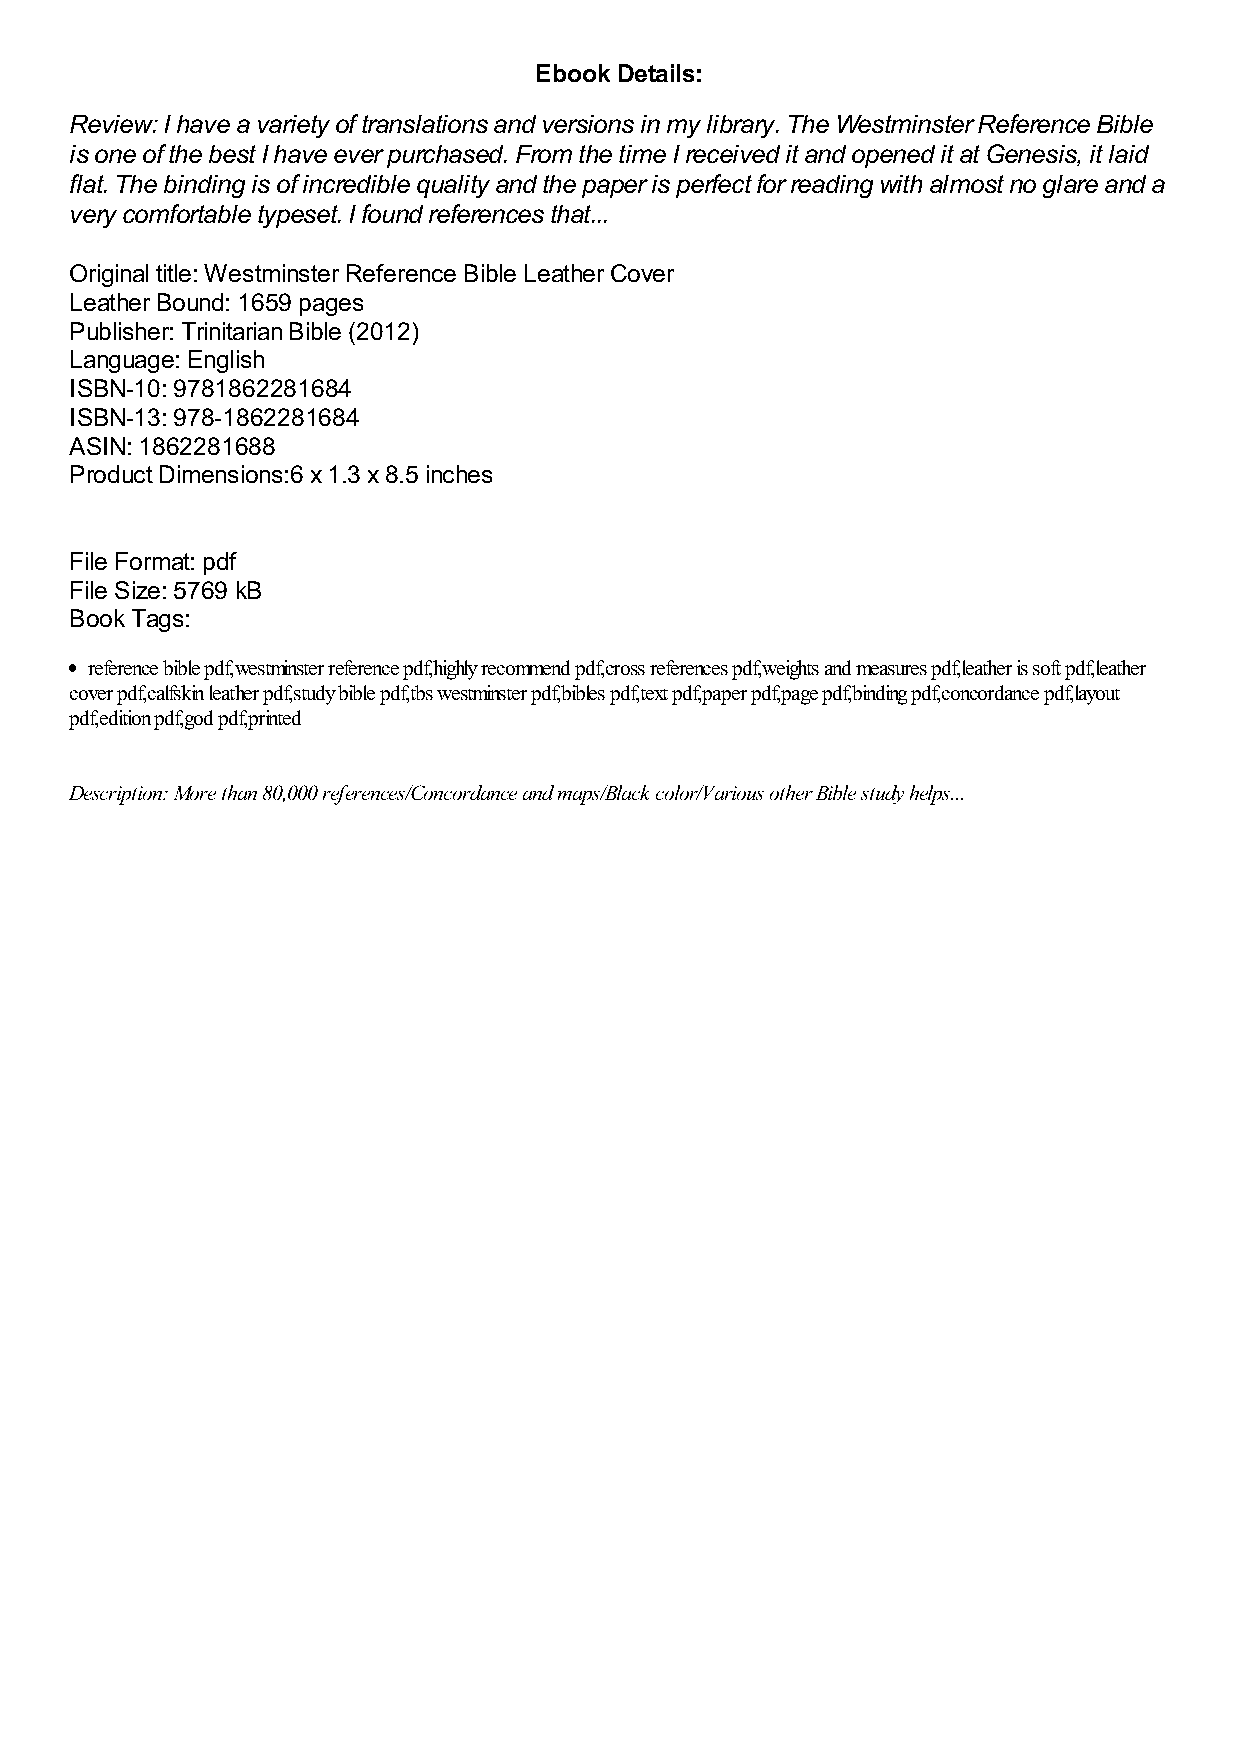
Ebook Details:
 Review: I have a variety of translations and versions in my library. The Westminster Reference Bible
 is one of the best I have ever purchased. From the time I received it and opened it at Genesis, it laid
 flat. The binding is of incredible quality and the paper is perfect for reading with almost no glare and a
 very comfortable typeset. I found references that...
 Original title: Westminster Reference Bible Leather Cover
 Leather Bound: 1659 pages
 Publisher: Trinitarian Bible (2012)
 Language: English
 ISBN-10: 9781862281684
 ISBN-13: 978-1862281684
 ASIN: 1862281688
 Product Dimensions:6 x 1.3 x 8.5 inches
 File Format: pdf
 File Size: 5769 kB
 Book Tags:
 reference bible pdf,westminster reference pdf,highly recommend pdf,cross references pdf,weights and measures pdf,leather is soft pdf,leather
 cover pdf,calfskin leather pdf,study bible pdf,tbs westminster pdf,bibles pdf,text pdf,paper pdf,page pdf,binding pdf,concordance pdf,layout
 pdf,edition pdf,god pdf,printed
 Description: More than 80,000 references/Concordance and maps/Black color/Various other Bible study helps...